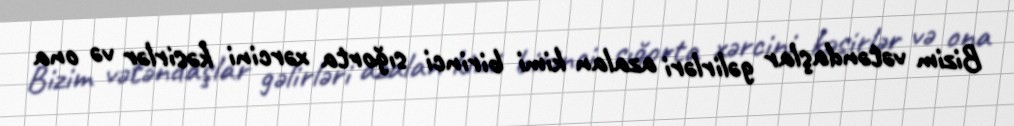
Bizim vətəndaşlar gəlirləri azalan kimi birinci sığorta xərcini kəsirlər və ona